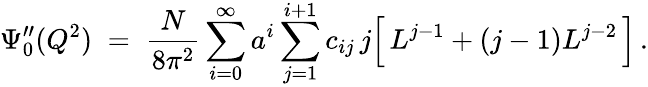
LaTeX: \Psi_{0}^{\prime\prime}(Q^{2})\; =\; \frac{N}{8\pi^{2}}\sum_{i=0}^{\infty}a^{i}\sum_{j=1}^{i+1}c_{ij}\, j\Big[\, L^{j-1}+(j-1)L^{j-2}\, \Big]\, .